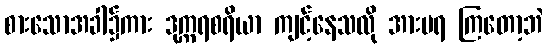
စားသောအခါ၌ကား ဒုက္ကရစရိယာ ကျင့်နေသလို အားမရ ကြတော့ဘဲ